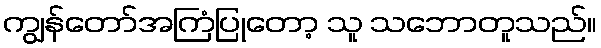
ကျွန်တော်အကြံပြုတော့ သူ သဘောတူသည်။